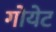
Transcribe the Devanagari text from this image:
गोयेट